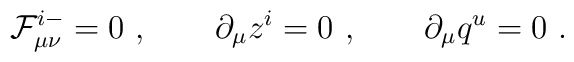
{\cal F}^{i-}_{\mu\nu}=0\ ,  \qquad \partial_\mu z^i =0\ ,  \qquad \partial _\mu q^u=0 \ .